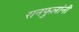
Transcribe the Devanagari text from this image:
रानफुलांनी